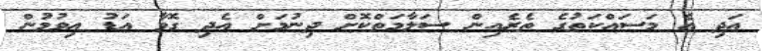
އަދި އެ މަސައްކަތުގެ ތެރެއިން ސަލާމަތްކޮށް ދިނުމަށް އެދި ގޮވާ އަޑު އިވުމުން